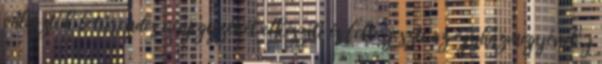
választók betűrendes névjegyzékét elkészíti és felterjeszti az egyházmegyének, j